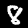
Label: 8